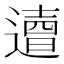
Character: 𨗣